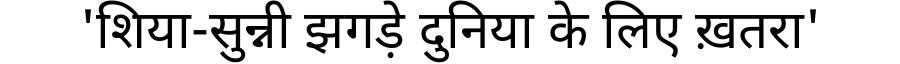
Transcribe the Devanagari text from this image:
'शिया-सुन्नी झगड़े दुनिया के लिए ख़तरा'